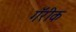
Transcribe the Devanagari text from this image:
गॅरीक